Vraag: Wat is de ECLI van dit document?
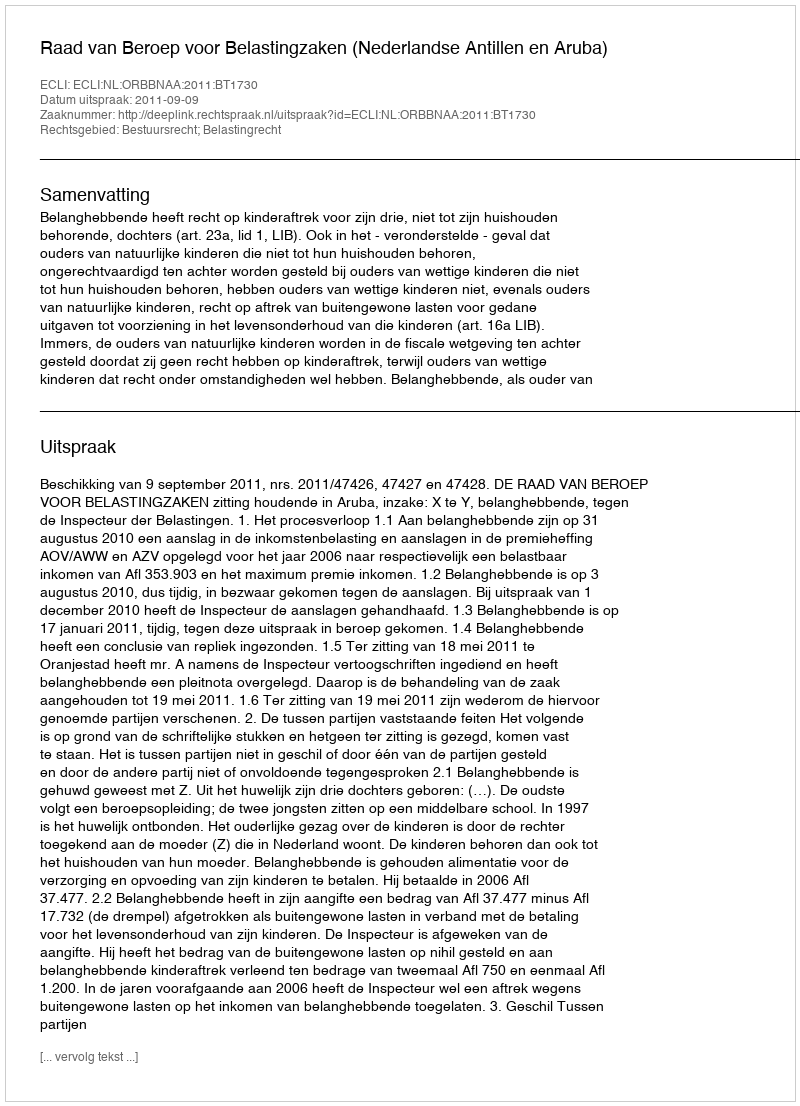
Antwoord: ECLI:NL:ORBBNAA:2011:BT1730